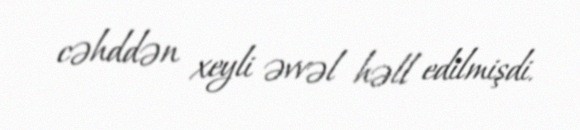
cəhddən xeyli əvvəl həll edilmişdi.